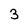
Character: 3